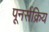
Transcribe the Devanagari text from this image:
पूनर्सक्रिय